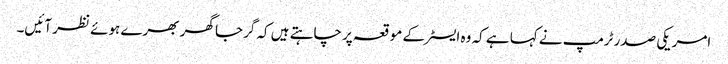
امریکی صدر ٹرمپ نے کہا ہے کہ وہ ایسٹر کے موقعہ پر چاہتے ہیں کہ گرجا گھر بھرے ہوئے نظر آئیں۔